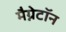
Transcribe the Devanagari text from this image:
मैग्नेटॉन